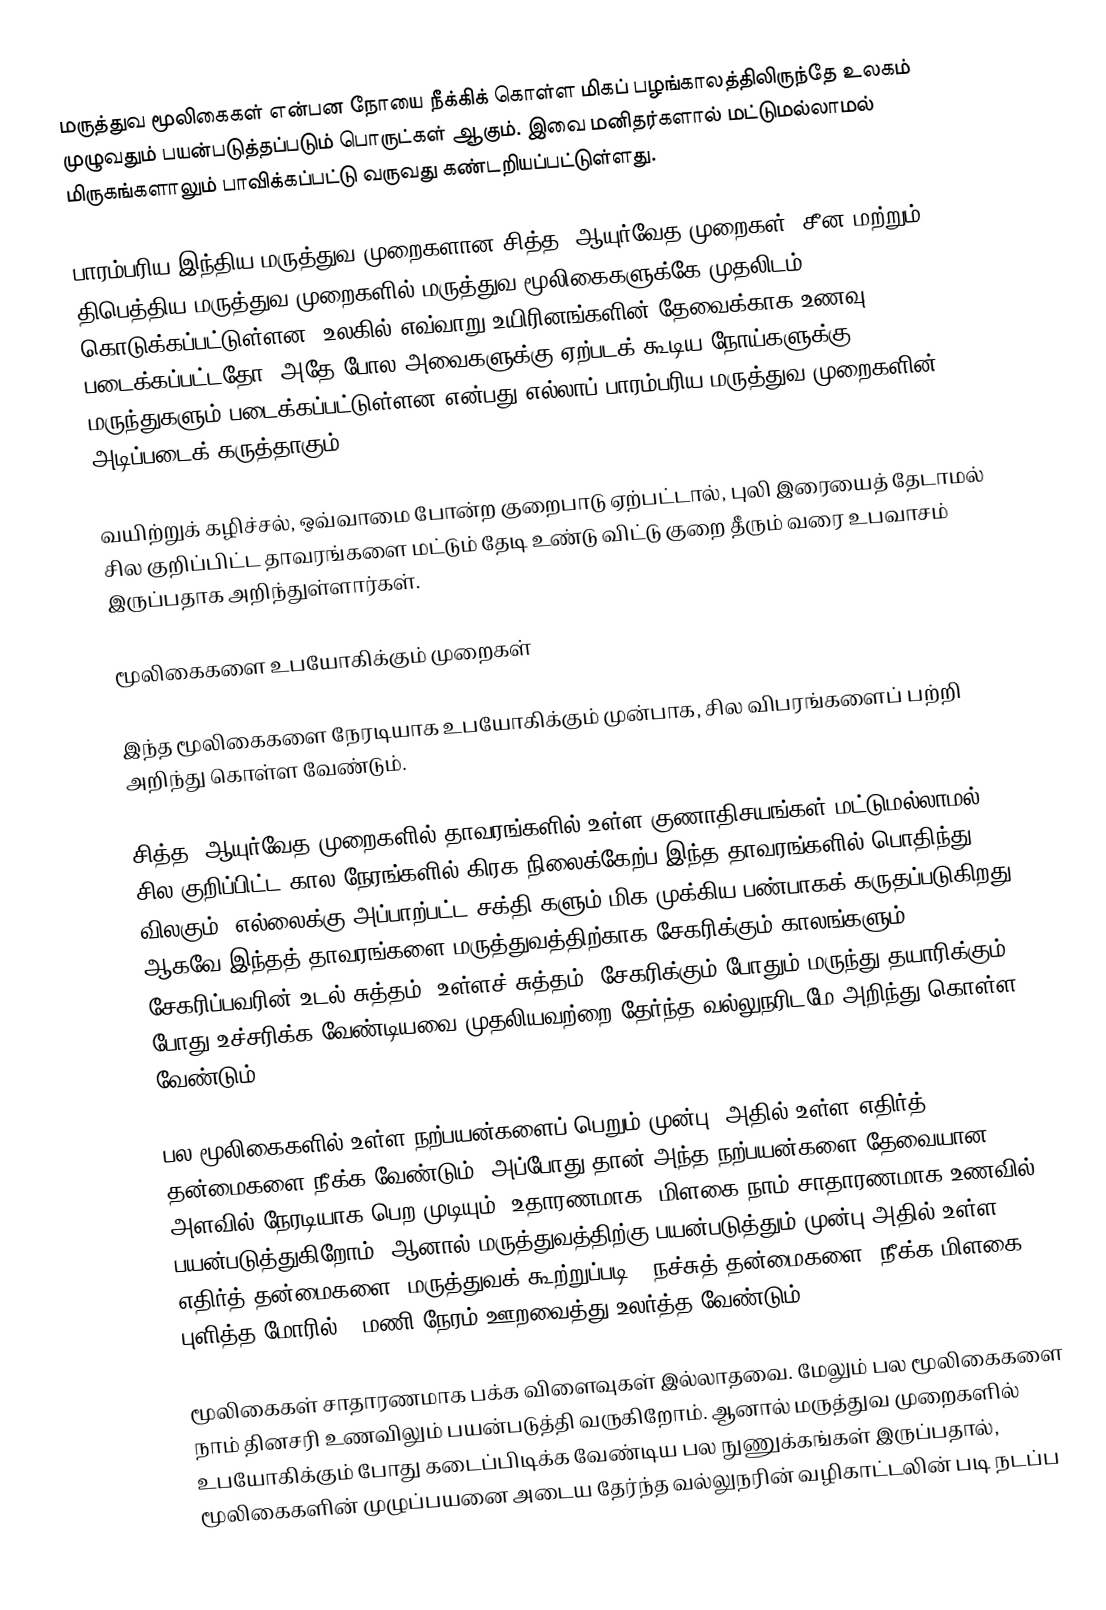
மருத்துவ மூலிகைகள் என்பன நோயை நீக்கிக் கொள்ள மிகப் பழங்காலத்திலிருந்தே உலகம் முழுவதும் பயன்படுத்தப்படும் பொருட்கள் ஆகும். இவை மனிதர்களால் மட்டுமல்லாமல் மிருகங்களாலும் பாவிக்கப்பட்டு வருவது கண்டறியப்பட்டுள்ளது.

பாரம்பரிய இந்திய மருத்துவ முறைகளான சித்த, ஆயுர்வேத முறைகள், சீன மற்றும் திபெத்திய மருத்துவ முறைகளில் மருத்துவ மூலிகைகளுக்கே முதலிடம் கொடுக்கப்பட்டுள்ளன. உலகில் எவ்வாறு உயிரினங்களின் தேவைக்காக உணவு படைக்கப்பட்டதோ, அதே போல அவைகளுக்கு ஏற்படக் கூடிய நோய்களுக்கு மருந்துகளும் படைக்கப்பட்டுள்ளன என்பது எல்லாப் பாரம்பரிய மருத்துவ முறைகளின் அடிப்படைக் கருத்தாகும்.

வயிற்றுக் கழிச்சல், ஒவ்வாமை போன்ற குறைபாடு ஏற்பட்டால், புலி இரையைத் தேடாமல் சில குறிப்பிட்ட தாவரங்களை மட்டும் தேடி உண்டு விட்டு குறை தீரும் வரை உபவாசம் இருப்பதாக அறிந்துள்ளார்கள்.

மூலிகைகளை உபயோகிக்கும் முறைகள்

இந்த மூலிகைகளை நேரடியாக உபயோகிக்கும் முன்பாக, சில விபரங்களைப் பற்றி அறிந்து கொள்ள வேண்டும்.

சித்த, ஆயுர்வேத முறைகளில் தாவரங்களில் உள்ள குணாதிசயங்கள் மட்டுமல்லாமல், சில குறிப்பிட்ட கால நேரங்களில் கிரக நிலைக்கேற்ப இந்த தாவரங்களில் பொதிந்து விலகும் 'எல்லைக்கு அப்பாற்பட்ட சக்தி'களும் மிக முக்கிய பண்பாகக் கருதப்படுகிறது. ஆகவே இந்தத் தாவரங்களை மருத்துவத்திற்காக சேகரிக்கும் காலங்களும், சேகரிப்பவரின் உடல் சுத்தம், உள்ளச் சுத்தம், சேகரிக்கும் போதும் மருந்து தயாரிக்கும் போது உச்சரிக்க வேண்டியவை முதலியவற்றை தேர்ந்த வல்லுநரிடமே அறிந்து கொள்ள வேண்டும்.

பல மூலிகைகளில் உள்ள நற்பயன்களைப் பெறும் முன்பு, அதில் உள்ள எதிர்த் தன்மைகளை நீக்க வேண்டும், அப்போது தான் அந்த நற்பயன்களை தேவையான அளவில் நேரடியாக பெற முடியும். உதாரணமாக, மிளகை நாம் சாதாரணமாக உணவில் பயன்படுத்துகிறோம். ஆனால் மருத்துவத்திற்கு பயன்படுத்தும் முன்பு அதில் உள்ள எதிர்த் தன்மைகளை (மருத்துவக் கூற்றுப்படி - நச்சுத் தன்மைகளை) நீக்க மிளகை புளித்த மோரில் 3 மணி நேரம் ஊறவைத்து உலர்த்த வேண்டும்.

மூலிகைகள் சாதாரணமாக பக்க விளைவுகள் இல்லாதவை. மேலும் பல மூலிகைகளை நாம் தினசரி உணவிலும் பயன்படுத்தி வருகிறோம். ஆனால் மருத்துவ முறைகளில் உபயோகிக்கும் போது கடைப்பிடிக்க வேண்டிய பல நுணுக்கங்கள் இருப்பதால், மூலிகைகளின் முழுப்பயனை அடைய தேர்ந்த வல்லுநரின் வழிகாட்டலின் படி நடப்ப